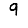
Digit: 9